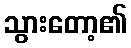
သွားတော့၏